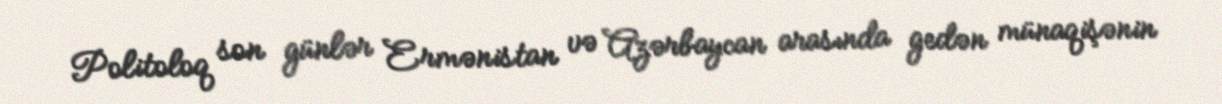
Politoloq son günlər Ermənistan və Azərbaycan arasında gedən münaqişənin